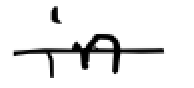
Text: in
Cross-out: single-line
Writing tool: digital_black